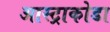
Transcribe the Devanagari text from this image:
आस्ट्राकोडा